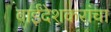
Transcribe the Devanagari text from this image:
वाईंदेशकरांचा